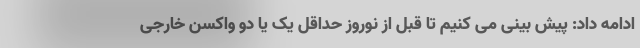
ادامه داد: پیش بینی می کنیم تا قبل از نوروز حداقل یک یا دو واکسن خارجی